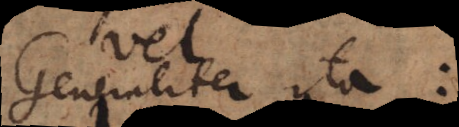
Generaliter ita: